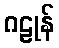
ဂဠုန်